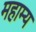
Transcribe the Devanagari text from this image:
महाम्य